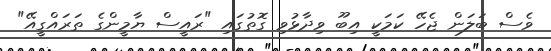
ވެސް ބަލަން ޖެހޭ ކަމަކީ އިބޫ ވިދާޅުވި ގޮތުގައި "ރައީސް ޔާމީންގެ ތަރައްގީއޭ"